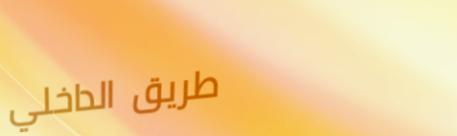
طريق الداخلي